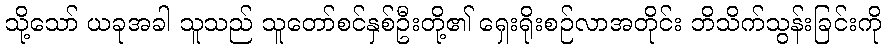
သို့သော် ယခုအခါ သူသည် သူတော်စင်နှစ်ဦးတို့၏ ရှေးရိုးစဉ်လာအတိုင်း ဘိသိက်သွန်းခြင်းကို